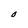
Character: O